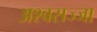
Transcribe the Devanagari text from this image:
अश्वसज्जा